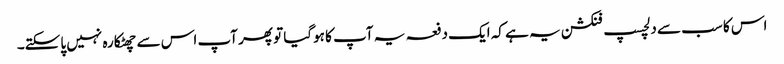
اس کا سب سے دلچسپ فنکشن یہ ہے کہ ایک دفعہ یہ آپ کا ہوگیا تو پھر آپ اس سے چھٹکارہ نہیں پاسکتے۔